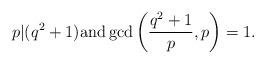
LaTeX: \begin{align*}p | (q^2+1){\rm and}\gcd\left(\frac{q^2+1}{p},p\right)=1.\end{align*}